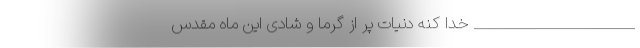
_______________________ خدا کنه دنیات پر از گرما و شادی این ماه مقدس